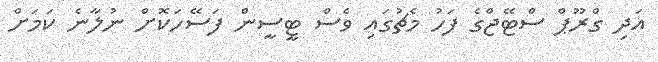
އަދި ގްރޫޕް ސްޓޭޖްގެ ފަހު މެޗުގައި ވެސް ޓީސީން ފަސޭހަކޮށް ނުލާނެ ކަމަށް